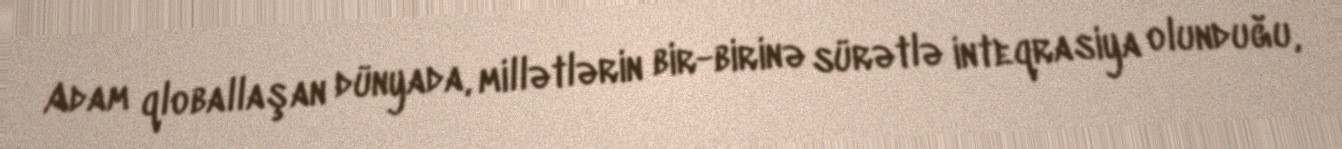
Adam qloballaşan dünyada, millətlərin bir-birinə sürətlə inteqrasiya olunduğu,